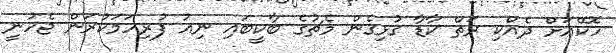
ހޮކޭއަށް ދެއްކި ރަތް ކާޑާ ގުޅިގެން މެޗުގެ ބާކީބައި ނިއު ފުރިހަމަކުރަން ޖެހުނީ